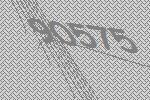
90575